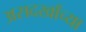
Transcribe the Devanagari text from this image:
असदखाँच्या